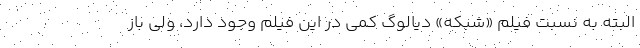
البته به نسبت فیلم «شبکه» دیالوگ کمی در این فیلم وجود دارد، ولی باز